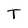
Character: T